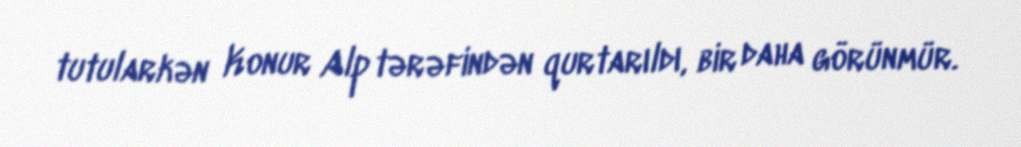
tutularkən Konur Alp tərəfindən qurtarıldı, bir daha görünmür.